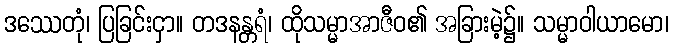
ဒဿေတုံ၊ ပြခြင်းငှာ။ တဒနန္တရံ၊ ထိုသမ္မာအာဇီဝ၏ အခြားမဲ့၌။ သမ္မာဝါယာမော၊